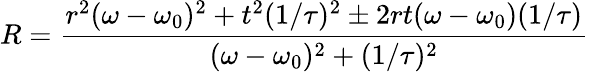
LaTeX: R=\frac{r^{2}(\omega-\omega_{0})^{2}+t^{2}(1/\tau)^{2}\pm 2rt(\omega-\omega_{0})(1/\tau)}{(\omega-\omega_{0})^{2}+(1/\tau)^{2}}